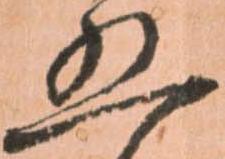
五